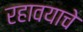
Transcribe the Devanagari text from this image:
रहावयाचे